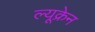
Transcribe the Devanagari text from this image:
ल्यूक्रेन